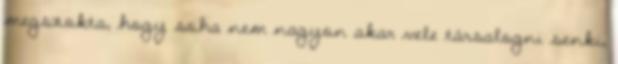
megszokta, hogy soha nem nagyon akar vele társalogni senki,